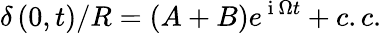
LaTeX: \delta\left(0,t\right)/R=\left(A+B\right)e^{\mathrm{~i~}\Omega t}+c.c.